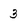
Character: 3